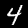
Digit: 4